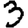
Digit: 3